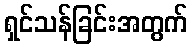
ရှင်သန်ခြင်းအတွက်